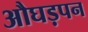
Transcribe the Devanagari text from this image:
औघड़पन